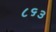
૮૬૩